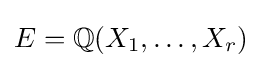
E=\mathbb {Q} (X_{1},\ldots ,X_{r})